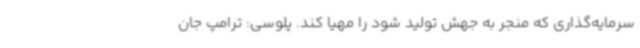
سرمایه‌گذاری که منجر به جهش تولید شود را مهیا کند. پلوسی: ترامپ جان